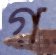
গ